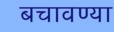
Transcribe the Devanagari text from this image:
बचावण्या